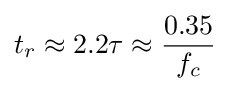
t_{r}\approx 2.2\tau \approx {\frac {0.35}{f_{c}}}